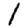
Digit: 1